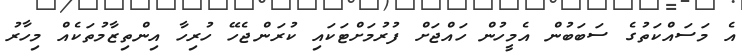
އެ މަސައްކަތުގެ ސަބަބުން އެމީހުން ހައްޖަށް ފުރުމަށްޓަކައި ކުރަންޖެހޭ ހުރިހާ އިންތިޒާމުތަކެއް މިހާރު